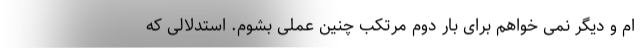
ام و دیگر نمی خواهم برای بار دوم مرتکب چنین عملی بشوم. استدلالی که